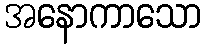
အနောကာသော